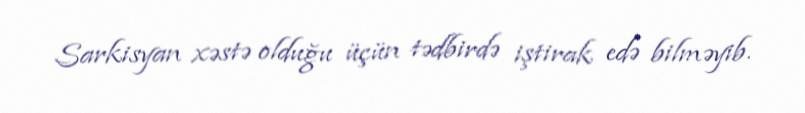
Sarkisyan xəstə olduğu üçün tədbirdə iştirak edə bilməyib.